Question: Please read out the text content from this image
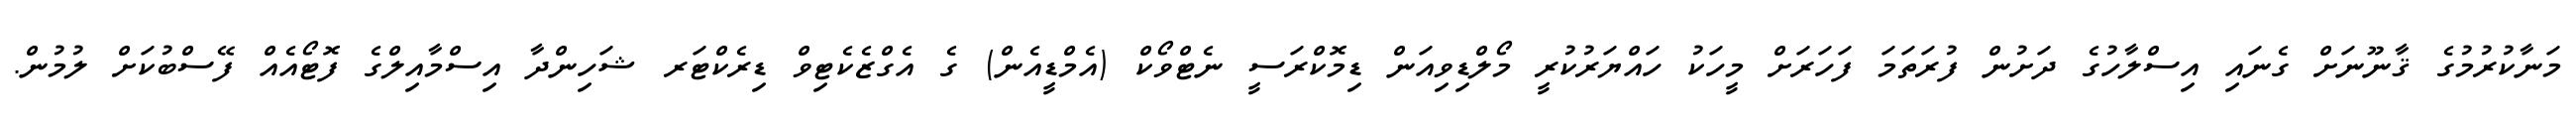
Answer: މަނާކުރުމުގެ ޤާނޫނަށް ގެނައި އިސްލާހުގެ ދަށުން ފުރަތަމަ ފަހަރަށް މީހަކު ހައްޔަރުކުރީ މޯލްޑިވިއަން ޑިމޮކްރަސީ ނެޓްވޯކް (އެމްޑީއެން) ގެ އެގްޒެކެޓިވް ޑިރެކްޓަރ ޝަހިންދާ އިސްމާއިލްގެ ފޮޓޯއެއް ފޭސްބުކަށް ލުމުން.